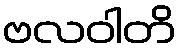
ဗလဝါတိ